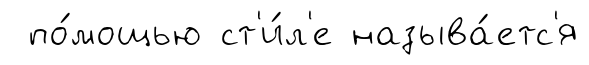
по́мощью ст'и́л'е называ́етс'я